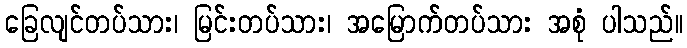
ခြေလျင်တပ်သား၊ မြင်းတပ်သား၊ အမြောက်တပ်သား အစုံ ပါသည်။